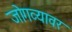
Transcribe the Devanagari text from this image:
जोगव्यावर